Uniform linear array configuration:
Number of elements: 16
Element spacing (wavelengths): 0.5
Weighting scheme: hamming
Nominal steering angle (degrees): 60
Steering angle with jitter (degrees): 58.601
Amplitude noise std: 0.05
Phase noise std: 0.05

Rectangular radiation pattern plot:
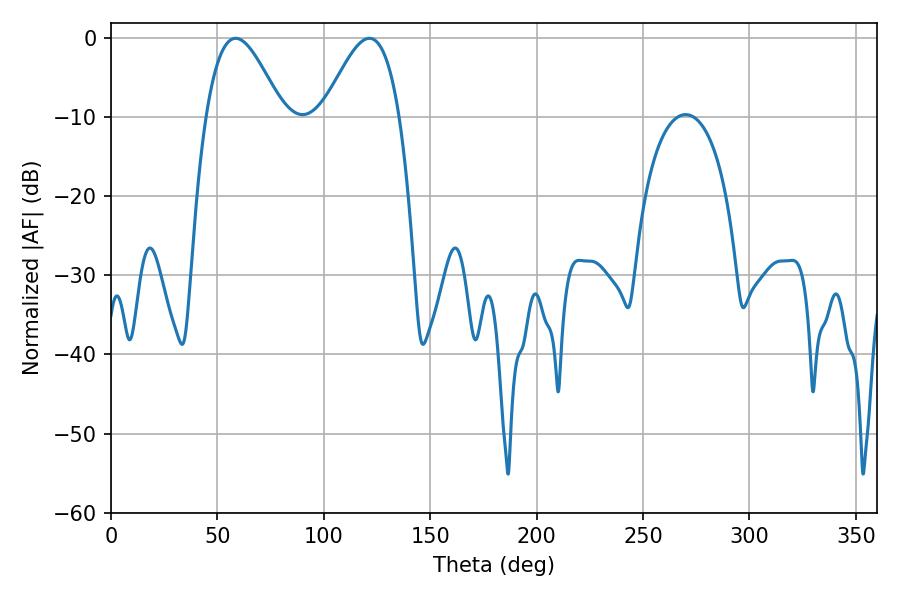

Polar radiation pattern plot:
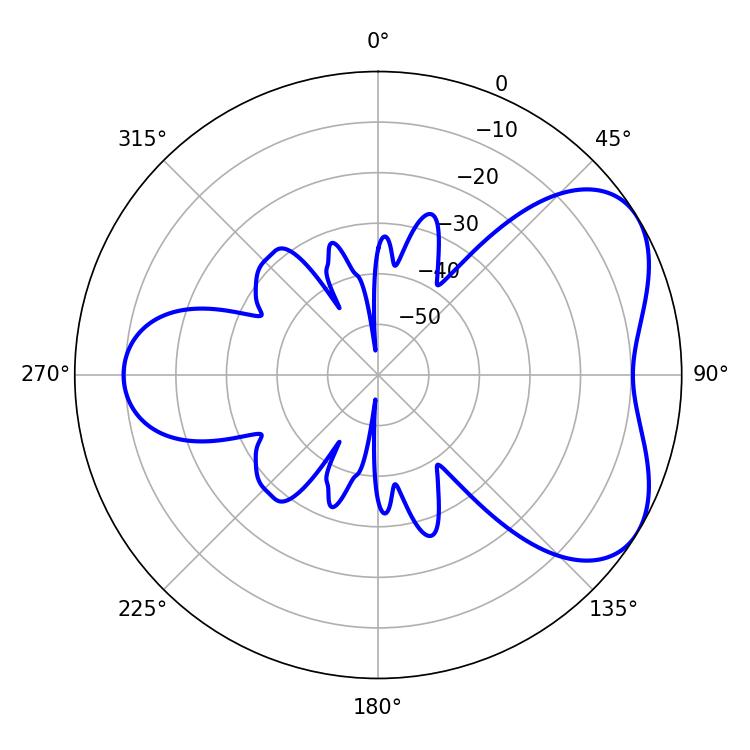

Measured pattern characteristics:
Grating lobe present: FALSE
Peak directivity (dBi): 5.076
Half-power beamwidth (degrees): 19.26
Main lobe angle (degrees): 58.5